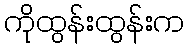
ကိုထွန်းထွန်းက